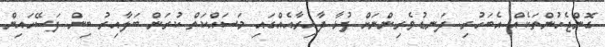
ގޮންޖެހުންތަކެއް އެބަހުރި. ދަނޑުވެރިންނަށް ފުޅާ ދާއިރާއެއްގައި މަސައްކަތް ކުރަން ބަލާއިރު ބިން ފަސޭހައިން